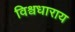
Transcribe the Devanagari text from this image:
विश्वधाराय